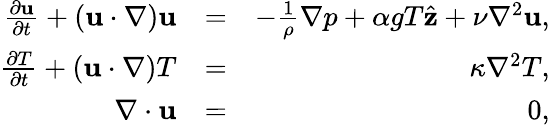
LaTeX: \begin{array}{rlr}{\frac{\partial{\mathbf u}}{\partial t}+({\mathbf u}\cdot\nabla){\mathbf u}}&{=}&{-\frac{1}{\rho}\nabla p+\alpha gT\hat{\mathbf z}+\nu\nabla^{2}{\mathbf u},}\\ {\frac{\partial T}{\partial t}+({\mathbf u}\cdot\nabla)T}&{=}&{\kappa\nabla^{2}T,}\\ {\nabla\cdot{\mathbf u}}&{=}&{0,}\end{array}